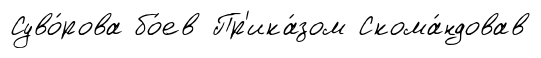
Суво́рова бо́ев Пр'ика́зом Скома́ндовав